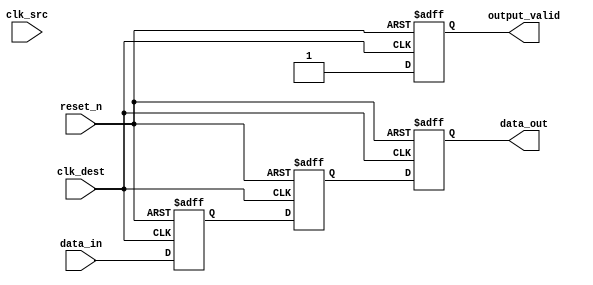
module MemoryBlocksPipelineSynchronizer #(
    parameter DATA_WIDTH = 8 // Parameter to define the width of the data
)(
    input wire clk_src,              // Source clock
    input wire clk_dest,             // Destination clock
    input wire reset_n,              // Active low asynchronous reset
    input wire [DATA_WIDTH-1:0] data_in, // Input data to synchronize
    output reg [DATA_WIDTH-1:0] data_out, // Synchronized output data
    output reg output_valid           // Output valid signal
);

    // Intermediate registers for pipeline stages
    reg [DATA_WIDTH-1:0] data_stage1;
    reg [DATA_WIDTH-1:0] data_stage2;

    // Synchronization process
    always @(posedge clk_dest or negedge reset_n) begin
        if (!reset_n) begin
            data_stage1 <= {DATA_WIDTH{1'b0}}; // Reset stage 1
            data_stage2 <= {DATA_WIDTH{1'b0}}; // Reset stage 2
            data_out <= {DATA_WIDTH{1'b0}};     // Reset output
            output_valid <= 1'b0;               // Reset output valid
        end else begin
            data_stage1 <= data_in; // Sample input data on clk_dest
            data_stage2 <= data_stage1; // Pass data to next stage
            data_out <= data_stage2; // Final output
            output_valid <= 1'b1; // Output is now valid
        end
    end

endmodule